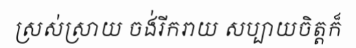
ស្រស់ស្រាយ ចង់រីករាយ សប្បាយចិត្តក៏